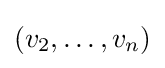
(v_{2},\ldots ,v_{n})